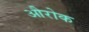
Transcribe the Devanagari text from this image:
औरोक